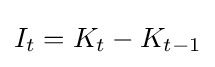
I_{t}=K_{t}-K_{t-1}